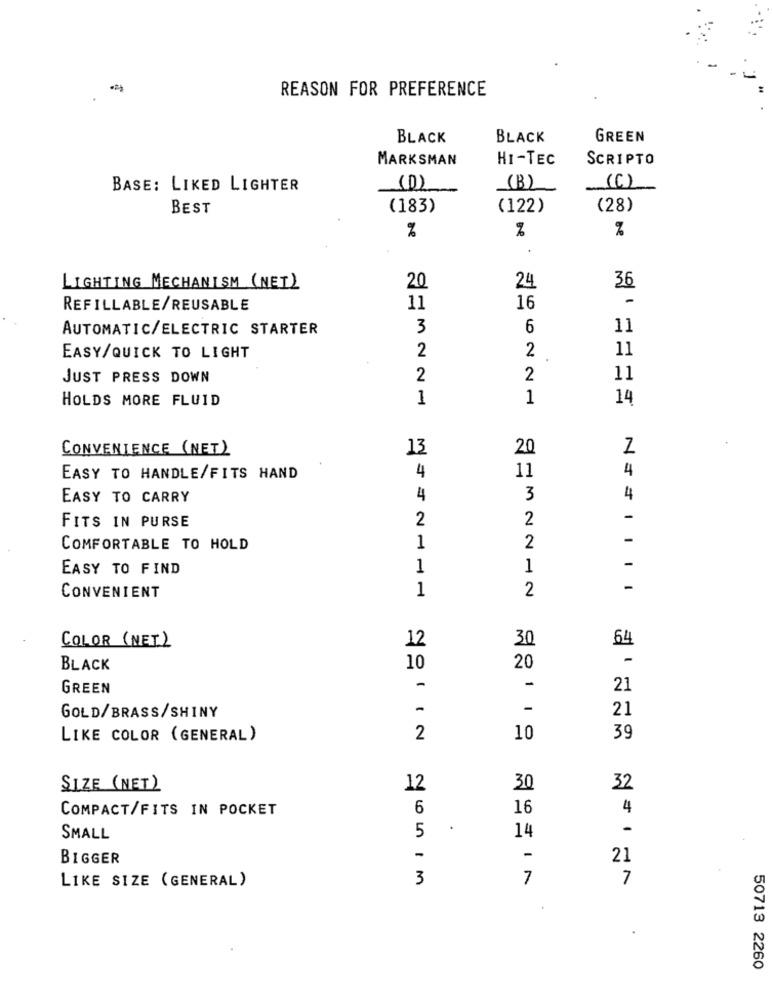
REASON FOR PREFERENCE
BLACK
BLACK
GREEN
MARKSMAN
HI-TEC
SCRIPTO
BASE: LIKED LIGHTER
(D)
(B)
(C)
BEST
(183)
(122)
(28)
%
%
%
LIGHTING MECHANISM (NET)
20
24
36
-
REFILLABLE/REUSABLE
11
16
AUTOMATIC/ELECTRIC STARTER
3
6
11
2
11
EASY/QUICK TO LIGHT
2
JUST PRESS DOWN
2
2
11
HOLDS MORE FLUID
1
1
14
CONVENIENCE (NET)
13
20
N
4
11
4
EASY TO HANDLE/FITS HAND
EASY TO CARRY
4
3
4
FITS IN PURSE
2
2
-
2
-
COMFORTABLE TO HOLD
1
EASY TO FIND
1
1
-
1
2
-
CONVENIENT
COLOR (NET)
12
30
64
BLACK
10
20
GREEN
-
-
21
-
GOLD/BRASS/SHINY
21
LIKE COLOR (GENERAL)
2
10
39
SIZE (NET)
12
30
32
COMPACT/FITS IN POCKET
6
16
4
5
.
14
-
SMALL
-
BIGGER
-
21
LIKE SIZE (GENERAL)
3
7
7
50713 2260